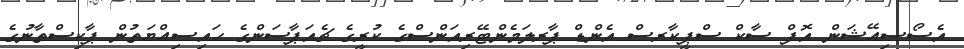
އެސޯސިއޭޝަން އޮފް ސާކް ސްޕީކާރސް އެންޑް ޕާރލަމެންޓޭރިއަންސްގެ ކުރީގެ ޗެއަޕާސަންގެ ހައިސިއްޔަތުން ޕާކިސްތާނުގެ